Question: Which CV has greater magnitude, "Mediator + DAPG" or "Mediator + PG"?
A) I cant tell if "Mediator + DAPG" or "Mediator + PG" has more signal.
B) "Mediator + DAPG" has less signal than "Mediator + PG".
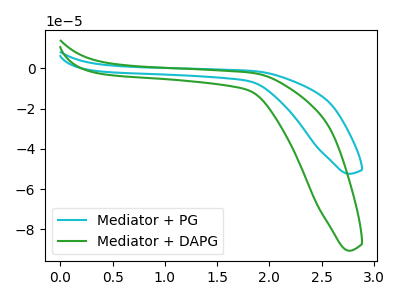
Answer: <think>The cyan curve "Mediator + PG" has no peaks. The green curve "Mediator + DAPG" has no peaks.
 Neither "Mediator + DAPG" or "Mediator + PG" have any peaks.</think>
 <answer>A) I cant tell if "Mediator + DAPG" or "Mediator + PG" has more signal.</answer>
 <eval>A</eval>